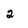
Character: 2